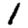
Digit: 1